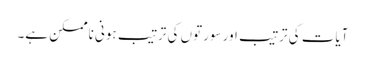
آیات کی ترتیب اور سورتوں کی ترتیب ہونی ناممکن ہے۔